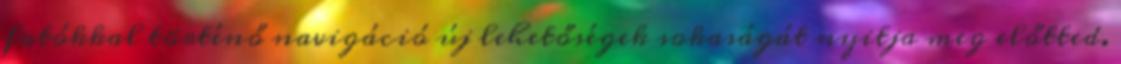
fotókkal történő navigáció új lehetőségek sokaságát nyitja meg előtted.